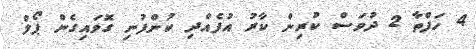
4 ހަފްތާ 2 ދުވަސް ކުރިން ކާރު އުފެއްދި ކުންފުނި ގޮވައިގެން ޕޯލް